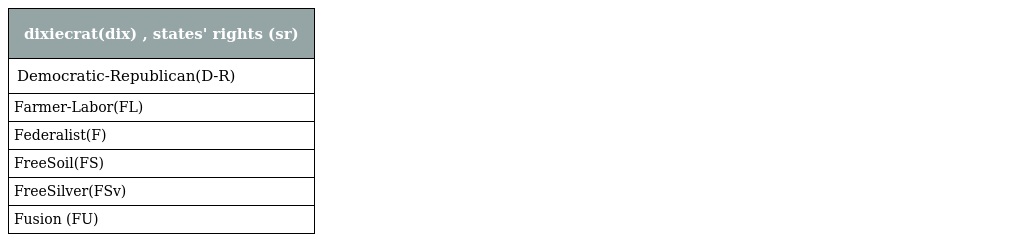
| dixiecrat(dix) , states' rights (sr) |
 | --- |
 | Democratic-Republican(D-R) |
 | Farmer-Labor(FL) |
 | Federalist(F) |
 | FreeSoil(FS) |
 | FreeSilver(FSv) |
 | Fusion (FU) |